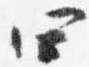
四